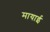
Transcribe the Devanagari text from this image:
मायाई